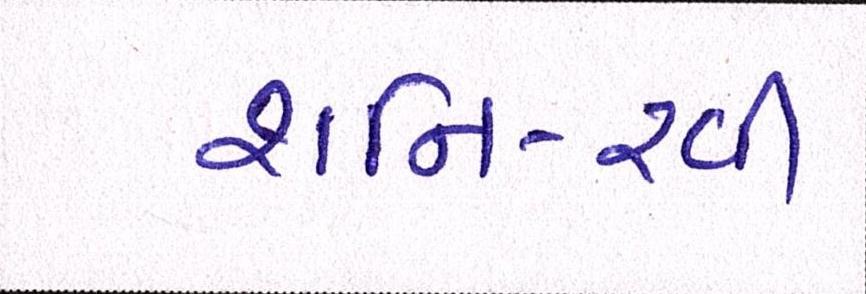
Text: શનિ-રવી